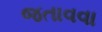
જતાવવા